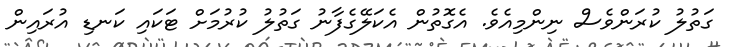
ގަތުލު ކުރަންވެސް ނިންމިއެވެ. އެގޮތުން އެކަލޭގެފާނު ގަތުލު ކުރުމަށް ޓަކައި ކަނޑި އުރައިން